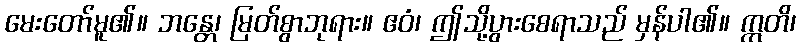
မေးတော်မူ၏။ ဘန္တေ၊ မြတ်စွာဘုရား။ ဧဝံ၊ ဤသို့ပွားစေရာသည် မှန်ပါ၏။ ဣတိ၊